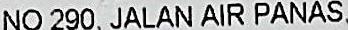
NO 290, JALAN AIR PANAS.